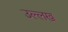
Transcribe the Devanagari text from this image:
उल्लख